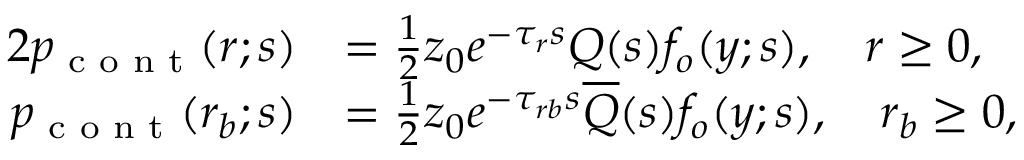
\begin{array} { r l r l } { { 2 } p _ { \textrm { c o n t } } ( r ; s ) } & { = \frac { 1 } { 2 } z _ { 0 } e ^ { - \tau _ { r } s } Q ( s ) f _ { o } ( y ; s ) , \quad r \geq 0 , } & & { } \\ { p _ { \textrm { c o n t } } ( r _ { b } ; s ) } & { = \frac { 1 } { 2 } z _ { 0 } e ^ { - \tau _ { r b } s } \overline { { Q } } ( s ) f _ { o } ( y ; s ) , \quad r _ { b } \geq 0 , } & & { } \end{array}